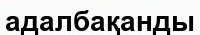
адалбақанды